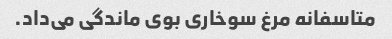
متاسفانه مرغ سوخاری بوی ماندگی می‌داد.